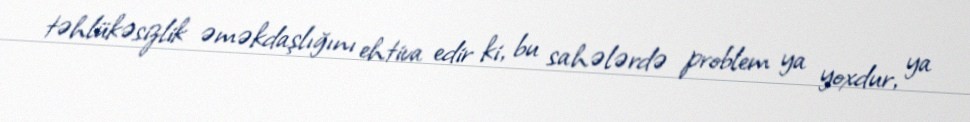
təhlükəsizlik əməkdaşlığını ehtiva edir ki, bu sahələrdə problem ya yoxdur, ya